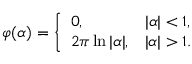
\varphi ( \alpha ) = { \left\{ \begin{array} { l l } { 0 , } & { | \alpha | < 1 , } \\ { 2 \pi \ln | \alpha | , } & { | \alpha | > 1 . } \end{array} \right. }